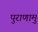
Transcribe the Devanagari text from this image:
पुराणामु